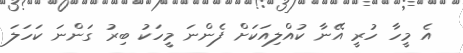
އެ މީހާ ހުރީ އޭނާ ކުއްލިއަކަށް ފެންނަ މީހަކު ބިރު ގަންނަ ކަހަލަ